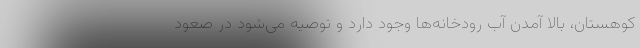
کوهستان، بالا آمدن آب رودخانه‌ها وجود دارد و توصیه می‌شود در صعود